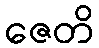
ဇေတိ